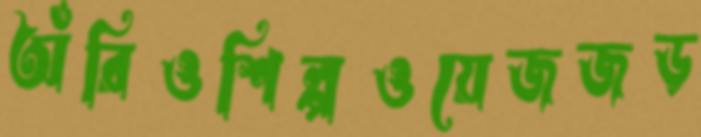
অঁরিওশিল্পওয়েজজড়